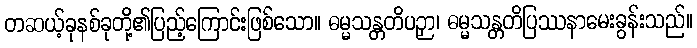
တဆယ့်ခုနစ်ခုတို့၏ပြည့်ကြောင်းဖြစ်သော။ ဓမ္မသန္တတိပဉှာ၊ ဓမ္မသန္တတိပြဿနာမေးခွန်းသည်။